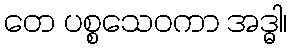
တေ ပစ္စသေဝကာ အဒ္ဓါ၊